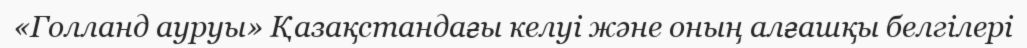
«Голланд ауруы» Қазақстандағы келуі және оның алғашқы белгілері